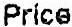
PRICE